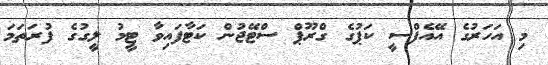
މި އަހަރުގެ އޭއެފްސީ ކަޕުގެ ގްރޫޕް ސްޓޭޖުން ކަޓާފައިވާ ޓީމު ލީގުގެ ފުރަތަމަ